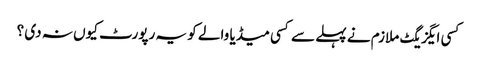
کسی ایگزیگٹ ملازم نے پہلے سے کسی میڈیا والے کو یہ رپورٹ کیوں نہ دی ؟